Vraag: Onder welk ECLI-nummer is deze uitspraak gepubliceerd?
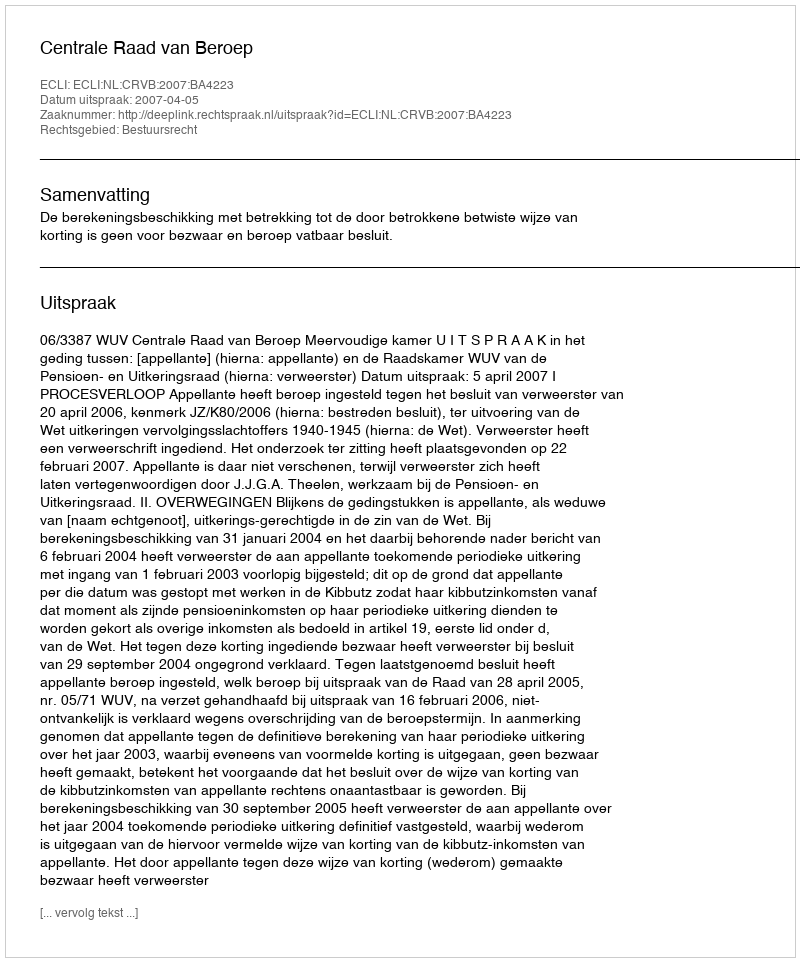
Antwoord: ECLI:NL:CRVB:2007:BA4223